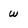
Character: w